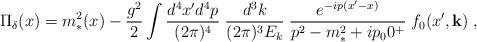
LaTeX: \begin{align*}\Pi_{\delta}(x) = m_*^2(x) - { g^2 \over 2} \int {d^4 x' d^4 p \over (2\pi )^4}\; {d^3 k \over (2\pi )^3 E_k} \; {e^{-ip(x'-x)} \over p^2 - m_*^2 + ip_00^+} \; f_0(x',{\bf k}) \;,\end{align*}